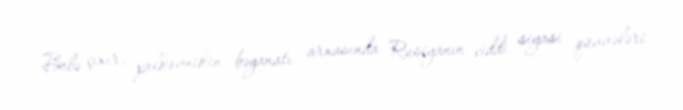
Belə çıxır, polkovnikin bəyanatı arxasında Rusiyanın ciddi siyasi qüvvələri